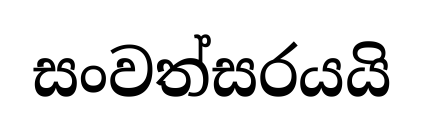
සංවත්සරයයි